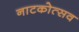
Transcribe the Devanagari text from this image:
नाटकोत्सव